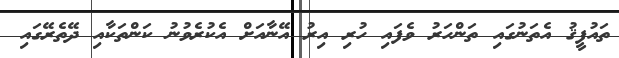
ތައުފީޤު އެތަނުގައި ތަންހަރު ވެފައި ހުރި އިރު އޭނާއަށް އެކުރެވުނު ކަންތަކާއި ދޭތެރޭގައި